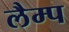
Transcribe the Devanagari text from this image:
लैम्‍प